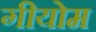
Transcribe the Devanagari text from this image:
गीयोम